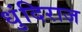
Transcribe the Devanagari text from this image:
धुंदिराज